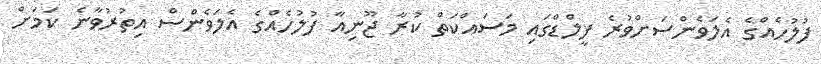
ފުލުހެއްގެ އެލަވެންސަށްވުރެ ފީލްޑްގައި މަސައްކަތް ކުރާ ޖޫނިއާ ފުލުހެއްގެ އެލަވެންސް އިތުރުވާނެ ކަމަށް